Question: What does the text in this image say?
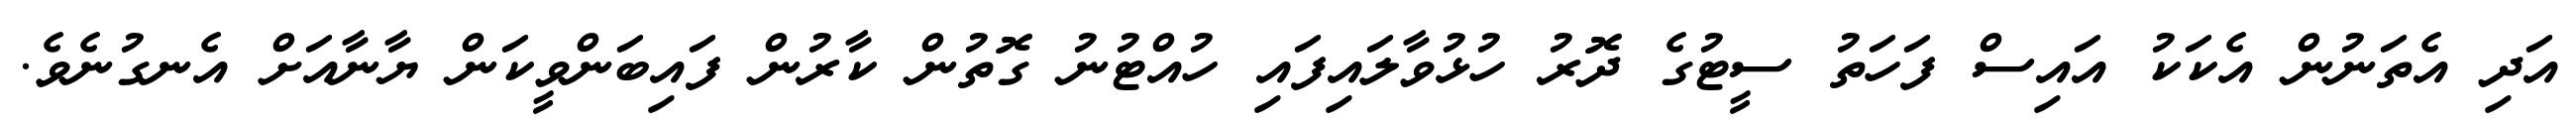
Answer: އަދި އެތަނުން އެކަކު އައިސް ފަހަތު ސީޓުގެ ދޮރު ހުޅުވާލައިފައި ހުއްޓުނު ގޮތުން ކާރުން ފައިބަންވީކަން ޔާނާއަށް އެނގުނެވެ.